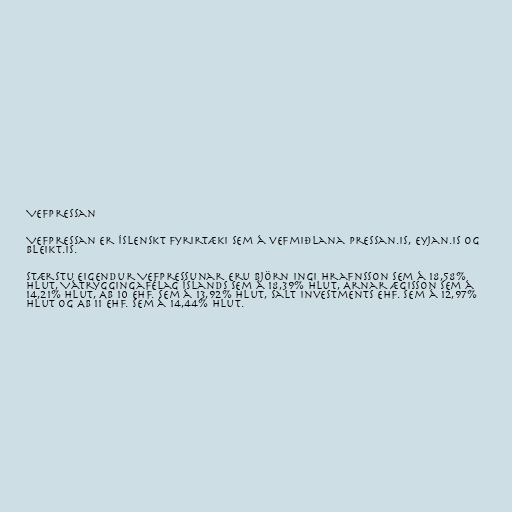
Vefpressan

Vefpressan er íslenskt fyrirtæki sem á vefmiðlana pressan.is, eyjan.is og
bleikt.is.

Stærstu eigendur Vefpressunar eru Björn Ingi Hrafnsson sem á 18,58%
hlut, Vátryggingafélag Íslands sem á 18,39% hlut, Arnar Ægisson sem á
14,21% hlut, AB 10 ehf. sem á 13,92% hlut, Salt Investments ehf. sem á 12,97%
hlut og AB 11 ehf. sem á 14,44% hlut.